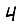
Digit: 4